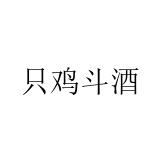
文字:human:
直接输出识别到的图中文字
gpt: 只鸡斗酒